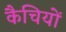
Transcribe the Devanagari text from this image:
कैचियों